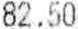
82.50